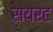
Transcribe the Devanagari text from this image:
सेयरट